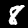
Digit: 8